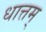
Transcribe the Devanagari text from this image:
धात्तम्‌